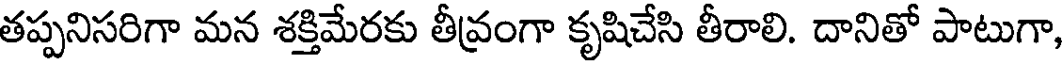
తప్పనిసరిగా మన శక్తిమేరకు తీవ్రంగా కృషిచేసి తీరాలి. దానితో పాటుగా,